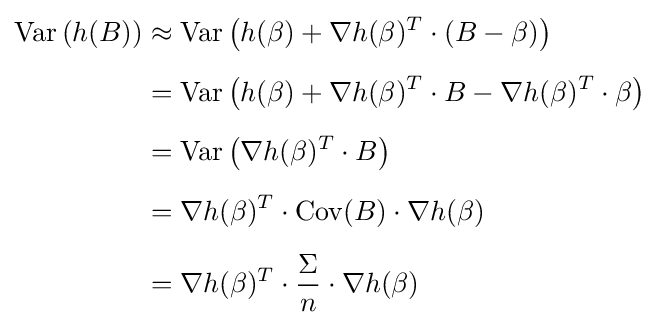
{\begin{aligned}\operatorname {Var} \left(h(B)\right)&\approx \operatorname {Var} \left(h(\beta )+\nabla h(\beta )^{T}\cdot (B-\beta )\right)\\[5pt]&=\operatorname {Var} \left(h(\beta )+\nabla h(\beta )^{T}\cdot B-\nabla h(\beta )^{T}\cdot \beta \right)\\[5pt]&=\operatorname {Var} \left(\nabla h(\beta )^{T}\cdot B\right)\\[5pt]&=\nabla h(\beta )^{T}\cdot \operatorname {Cov} (B)\cdot \nabla h(\beta )\\[5pt]&=\nabla h(\beta )^{T}\cdot {\frac {\Sigma }{n}}\cdot \nabla h(\beta )\end{aligned}}